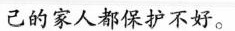
己的家人都保护不好。